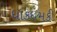
ધાકધમકી